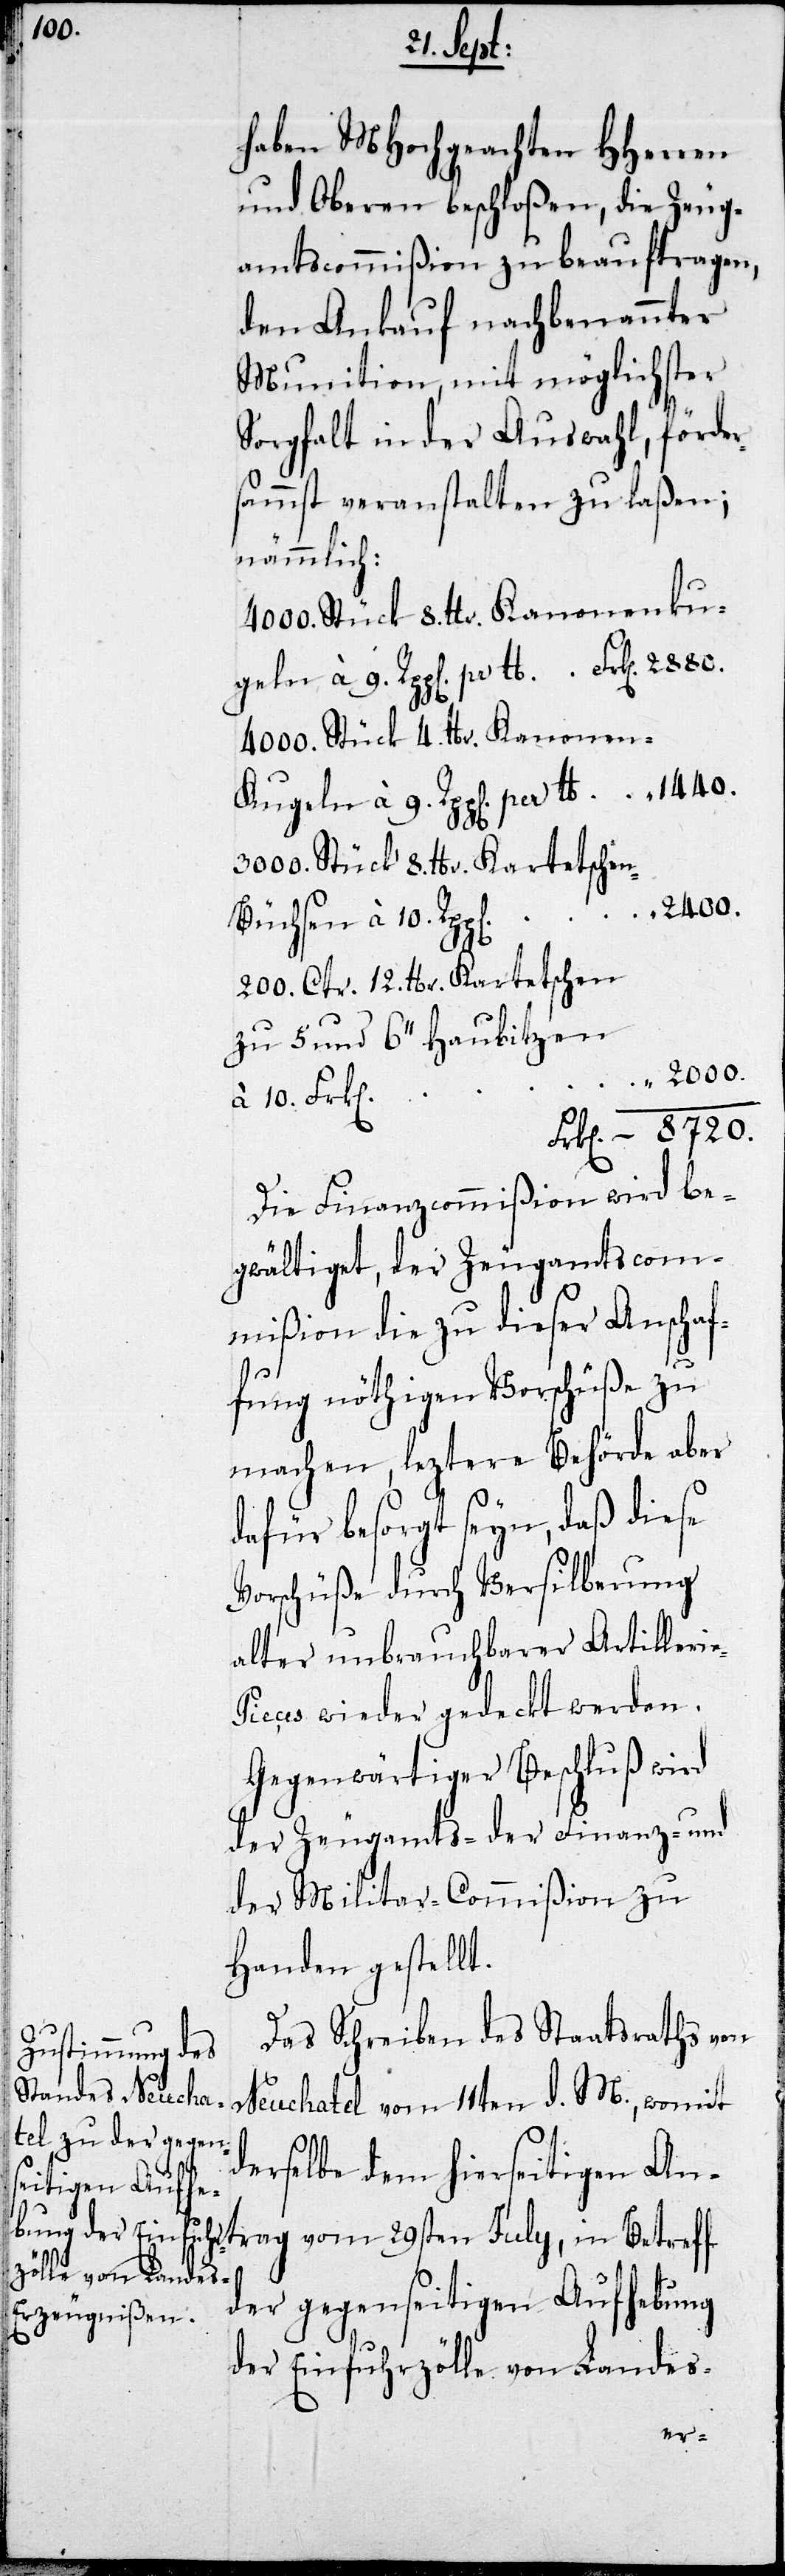
10.

haben MHochgeachten HHerren
und Oberen beschloßen, die Zeug¬
amtscommißion zu beauftragen,
den Ankauf nachbenannter
Munition, mit möglichster
Sorgfalt in der Auswahl, förder¬
samst veranstalten zu laßen;
nämmlich:
4000. Stück 8. lbr. Kanonenku¬
geln à 9. Rpp. per lb.	Frk. 2880.
4000. Stück 4. lbr. Kanonen¬
kugeln à 9. Rpp. per lb.	Frk. 1440.
3000. Stück 8. lbr Kartetsche¬
n-Büchsen à 10. Rpp.	Frk. 2400.
200. Ctr. 12. lbr. Kartetschen
zu 5 und 6’’ Haubitzen
2000.
Frk. 8720.
Die Finanzcommißion wird be¬
gwältiget, der Zeugamtscom¬
mißion die zu dieser Anschaf¬
fung nöthigen Vorschüße zu
machen, leztere Behörde aber
dafür besorgt seyn, daß diese
Vorschüße durch Versilberung
alter unbrauchbarer Artilleri¬
ieces wieder gedeckt werden.
Gegenwärtiger Beschluß wird
der Zeugamts- der Finanz- und
der Militar-Commißion zu
Handen gestellt.
Das Schreiben des Staatsraths von
Neuchatel vom 11ten d. M., womit
derselbe dem hierseitigen An¬
der gegenseitigen Aufhebung
der Einfuhrzölle von Landes-
trag